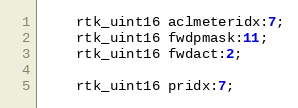
Language: C
    rtk_uint16 aclmeteridx:7;
    rtk_uint16 fwdpmask:11;
    rtk_uint16 fwdact:2;

    rtk_uint16 pridx:7;